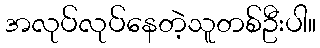
အလုပ်လုပ်နေတဲ့သူတစ်ဦးပါ။